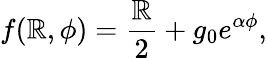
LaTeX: f(\mathbb{R},\phi)=\frac{{\mathbb{R}}}{{2}}+g_{0}e^{\alpha\phi},